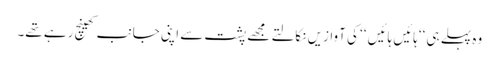
وہ پہلے ہی ‘‘ہائیں ہائیں ‘‘ کی آوازیں نکالتے مجھے پشت سے اپنی جانب کھینچ رہے تھے۔